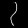
Digit: ၇